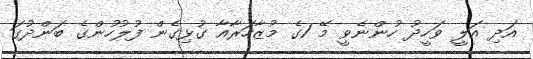
އަދި އަލީ ވަހީދު ހުންނެވީ މޭ 1ގެ މުޒާހަރާއާ ގުޅިގެން ފުލުހުންގެ ބަންދުގަ